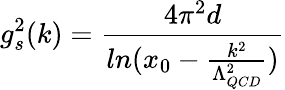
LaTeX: g_{s}^{2}(k)=\frac{4\pi^{2}d}{ln(x_{0}-\frac{k^{2}}{\Lambda_{QCD}^{2}})}